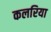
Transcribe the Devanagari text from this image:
कलरिया